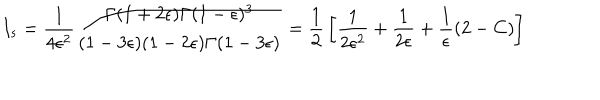
I _ { s } = { \frac { 1 } { 4 \epsilon ^ { 2 } } } { \frac { \Gamma ( 1 + 2 \epsilon ) \Gamma ( 1 - \epsilon ) ^ { 3 } } { ( 1 - 3 \epsilon ) ( 1 - 2 \epsilon ) \Gamma ( 1 - 3 \epsilon ) } } = { \frac { 1 } { 2 } } \left[ { \frac { 1 } { 2 \epsilon ^ { 2 } } } + { \frac { 1 } { 2 \epsilon } } + { \frac { 1 } { \epsilon } } ( 2 - C ) \right]